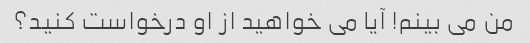
من می بینم! آیا می خواهید از او درخواست کنید؟